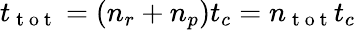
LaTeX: t_{\mathrm{~t~o~t~}}=(n_{r}+n_{p})t_{c}=n_{\mathrm{~t~o~t~}}t_{c}